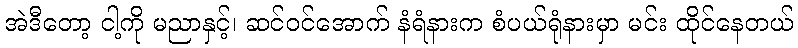
အဲဒီတော့ ငါ့ကို မညာနှင့်၊ ဆင်ဝင်အောက် နံရံနားက စံပယ်ရုံနားမှာ မင်း ထိုင်နေတယ်